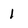
Character: 1